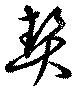
契